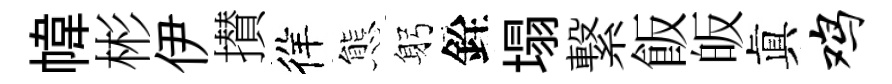
幃彬伊攅徉態躬銓塌繋飯皈眞鸡